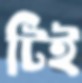
টিই